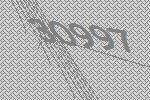
30997